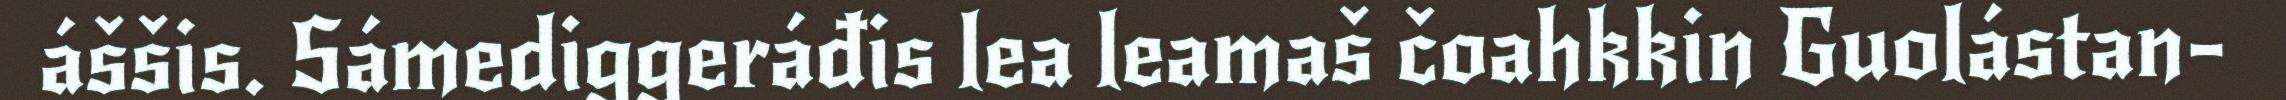
áššis. Sámediggeráđis lea leamaš čoahkkin Guolástan-